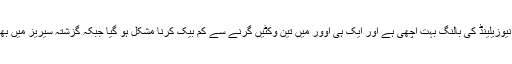
انہوں نے کہا کہ نیوزیلینڈ کی بالنگ بہت اچھی ہے اور ایک ہی اوور میں تین وکٹیں گرنے سے کم بیک کرنا مشکل ہو گیا جبکہ گزشتہ سیریز میں بھی ایسا ہی ہوا تھا۔